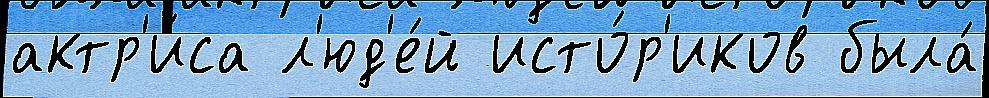
актр'и́са л'юд'е́й исто́р'иков была́